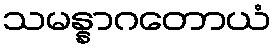
သမန္နာဂတောယံ